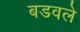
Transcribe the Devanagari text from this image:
बडवले